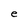
Character: e